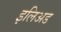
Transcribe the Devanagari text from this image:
इलिअड